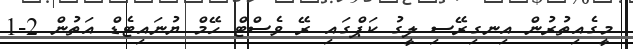
މީގެއިތުރުން އިނގިރޭސި ލީގު ކަޕްގައި ރޭ ވެސްޓް ހޭމް ޔުނައިޓެޑް އަތުން 2-1